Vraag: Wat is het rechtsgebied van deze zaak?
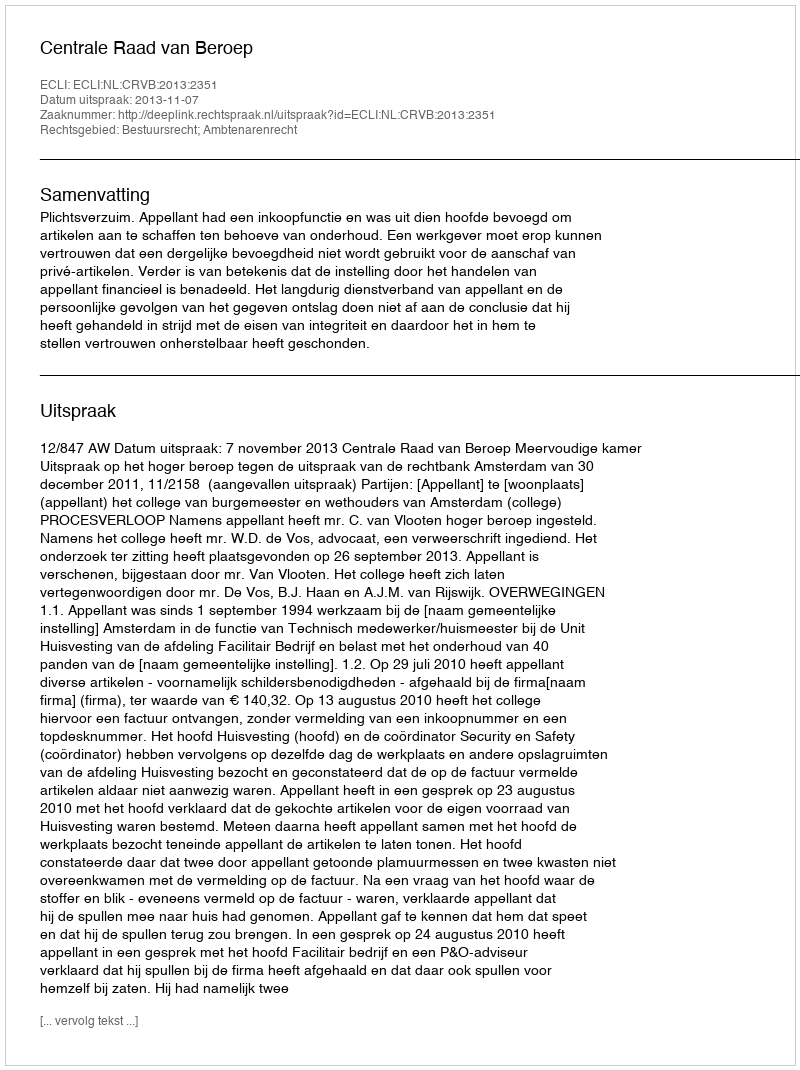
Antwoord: Bestuursrecht; Ambtenarenrecht